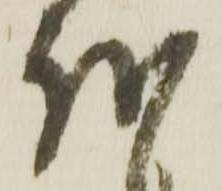
越